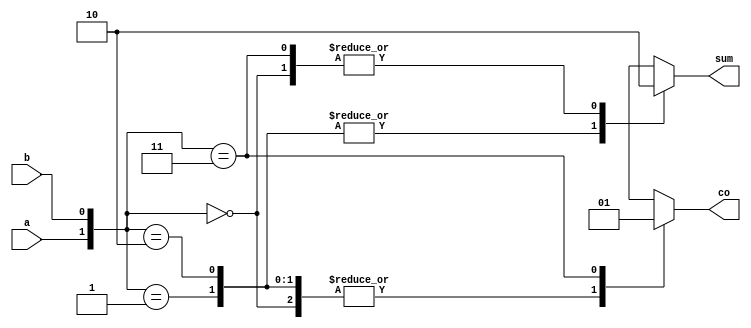
module half_adder_beh(a,b,sum,co);
  input a,b;
  output reg sum,co;
  always@*
  case({a,b})
  2'b00:begin sum=1'b0;co=1'b0; end
  2'b01:begin sum=1'b1;co=1'b0; end
  2'b10:begin sum=1'b1;co=1'b0; end
  2'b11:begin sum=1'b0;co=1'b1; end
endcase
endmodule